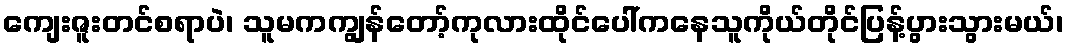
ကျေးဇူးတင်စရာပဲ၊ သူမကကျွန်တော့်ကုလားထိုင်ပေါ်ကနေသူကိုယ်တိုင်ပြန့်ပွားသွားမယ်၊